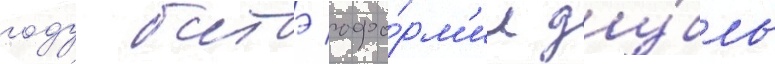
году батэ офо́рм'ил ду́бль